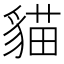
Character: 貓